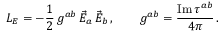
{ \cal L } _ { E } = - \frac { 1 } { 2 } \, g ^ { a b } \, \vec { E } _ { a } \, \vec { E } _ { b } \, , \qquad g ^ { a b } = \frac { \mathrm { I m } \, \tau ^ { a b } } { 4 \pi } \, .